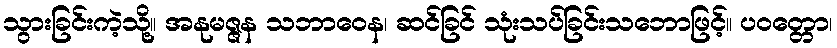
သွားခြင်းကဲ့သို့။ အနုမဇ္ဇန သဘာဝေန၊ ဆင်ခြင် သုံးသပ်ခြင်းသဘောဖြင့်။ ပဝတ္တော၊